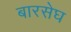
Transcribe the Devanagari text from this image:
बारसेघ